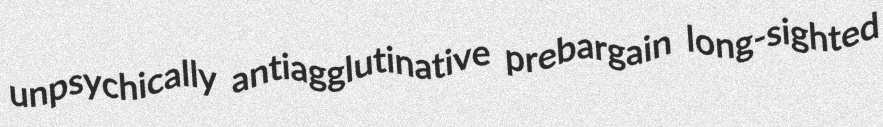
unpsychically antiagglutinative prebargain long-sighted